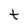
Character: t